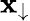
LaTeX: \mathbf{x}_{\downarrow}